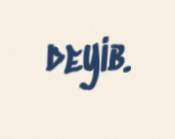
deyib.